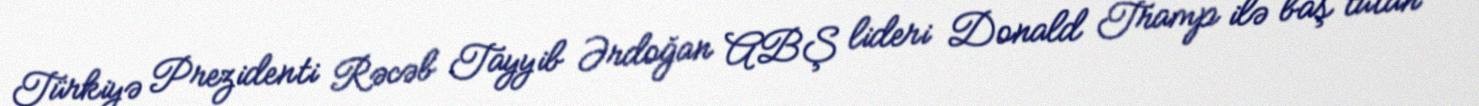
Türkiyə Prezidenti Rəcəb Tayyib Ərdoğan ABŞ lideri Donald Tramp ilə baş tutan